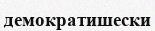
демократишески